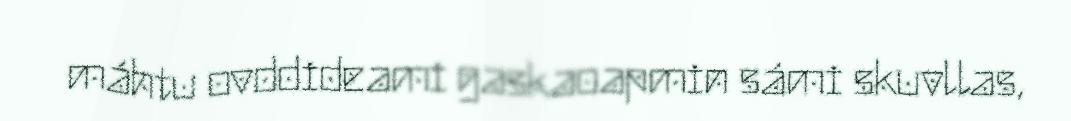
máhtu ovddideami gaskaoapmin sámi skuvllas,